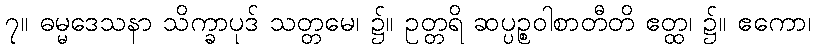
၇။ ဓမ္မဒေသနာ သိက္ခာပုဒ် သတ္တမေ၊ ၌။ ဥတ္တရိ ဆပ္ပဉ္စဝါစာတီတိ ဧတ္ထ၊ ၌။ ဧကော၊